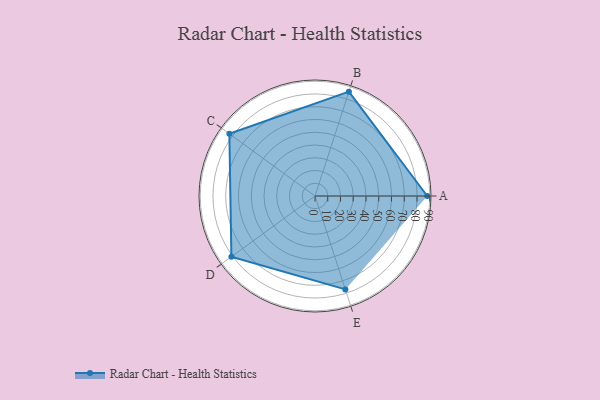
{"axis": {"x": "Skill", "y": "Score"}, "legend": ["Profile"], "data": [{"x": "A", "y": 88.0, "type": "Profile"}, {"x": "B", "y": 86.0, "type": "Profile"}, {"x": "C", "y": 83.0, "type": "Profile"}, {"x": "D", "y": 81.0, "type": "Profile"}, {"x": "E", "y": 77.0, "type": "Profile"}]}